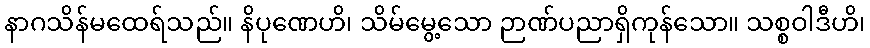
နာဂသိန်မထေရ်သည်။ နိပုဏေဟိ၊ သိမ်မွေ့သော ဉာဏ်ပညာရှိကုန်သော။ သစ္စဝါဒီဟိ၊